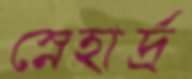
স্নেহার্দ্র